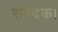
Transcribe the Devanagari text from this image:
संवेदक।